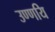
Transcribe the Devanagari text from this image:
उण्णयि